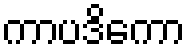
ကာပဒိကော